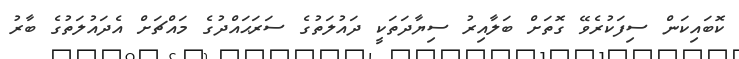
ކޮބައިކަން ސިފަކުރެވޭ ގޮތަށް ބަލާއިރު ސިޔާދަތަކީ ދައުލަތުގެ ސަރަޙައްދުގެ މައްޗަށް އެދައުލަތުގެ ބާރު